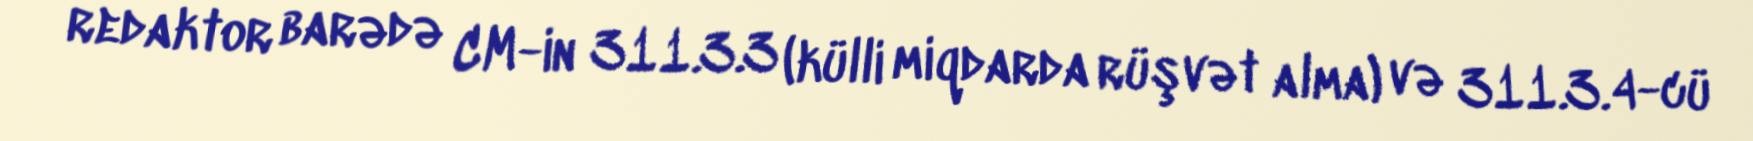
redaktor barədə CM-in 311.3.3 (külli miqdarda rüşvət alma) və 311.3.4-cü